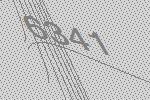
6341